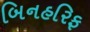
બિનહરિફ